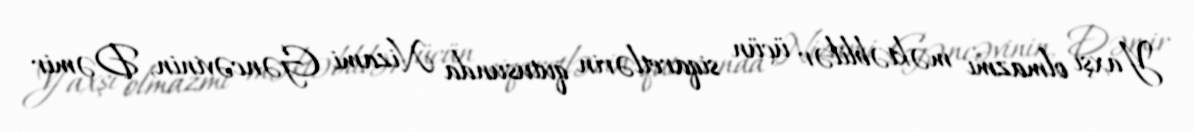
Yaxşı olmazmı məktəblilər üçün siqaretlərin qutusunda Nizami Gəncəvinin, Dəmir